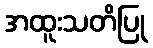
အထူးသတိပြု